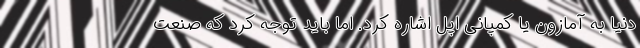
دنیا به آمازون یا کمپانی اپل اشاره کرد. اما باید توجه کرد که صنعت